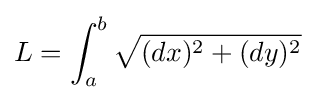
L=\int _{a}^{b}{\sqrt {(dx)^{2}+(dy)^{2}}}